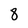
Character: 8